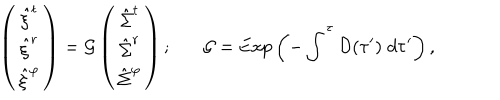
\left( \begin{array} { c } { { { \hat { \xi } } ^ { t } } } \\ { { { \hat { \xi } } ^ { r } } } \\ { { { \hat { \xi } } ^ { \varphi } } } \\ \end{array} \right) = { \cal G } \left( \begin{array} { c } { { { \hat { \Sigma } } ^ { t } } } \\ { { { \hat { \Sigma } } ^ { r } } } \\ { { { \hat { \Sigma } } ^ { \varphi } } } \\ \end{array} \right) ; { \cal G } = \mathrm { E x p } \left( - \int ^ { \tau } { \cal D } ( \tau ^ { \prime } ) \; d \tau ^ { \prime } \right) ,